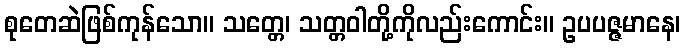
စုတေဆဲဖြစ်ကုန်သော။ သတ္တေ၊ သတ္တဝါတို့ကိုလည်းကောင်း။ ဥပပဇ္ဇမာနေ၊